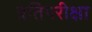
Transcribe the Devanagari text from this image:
प्रतिपरीक्षा